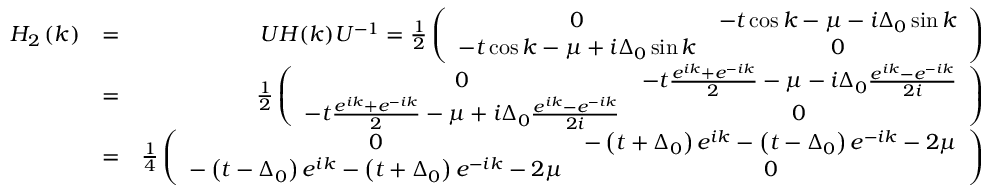
\begin{array} { r l r } { H _ { 2 } \left( k \right) } & { = } & { U H ( k ) U ^ { - 1 } = \frac { 1 } { 2 } \left( \begin{array} { c c } { 0 } & { - t \cos k - \mu - i \Delta _ { 0 } \sin k } \\ { - t \cos k - \mu + i \Delta _ { 0 } \sin k } & { 0 } \end{array} \right) } \\ & { = } & { \frac { 1 } { 2 } \left( \begin{array} { c c } { 0 } & { - t \frac { e ^ { i k } + e ^ { - i k } } { 2 } - \mu - i \Delta _ { 0 } \frac { e ^ { i k } - e ^ { - i k } } { 2 i } } \\ { - t \frac { e ^ { i k } + e ^ { - i k } } { 2 } - \mu + i \Delta _ { 0 } \frac { e ^ { i k } - e ^ { - i k } } { 2 i } } & { 0 } \end{array} \right) } \\ & { = } & { \frac { 1 } { 4 } \left( \begin{array} { c c } { 0 } & { - \left( t + \Delta _ { 0 } \right) e ^ { i k } - \left( t - \Delta _ { 0 } \right) e ^ { - i k } - 2 \mu } \\ { - \left( t - \Delta _ { 0 } \right) e ^ { i k } - \left( t + \Delta _ { 0 } \right) e ^ { - i k } - 2 \mu } & { 0 } \end{array} \right) } \end{array}